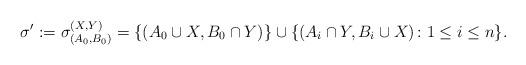
LaTeX: \begin{align*} \sigma ' := \sigma_{(A_0,B_0)}^{(X,Y)} = \{ (A_0 \cup X, B_0 \cap Y) \} \cup \{ (A_i \cap Y, B_i \cup X) \colon 1 \leq i \leq n \} . \end{align*}